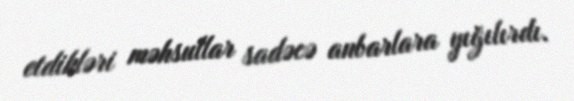
etdikləri məhsullar sadəcə anbarlara yığılırdı.